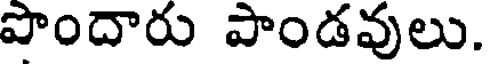
పొందారు పాండవులు.